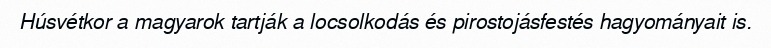
Húsvétkor a magyarok tartják a locsolkodás és pirostojásfestés hagyományait is.